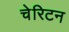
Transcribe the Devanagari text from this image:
चेरिटन